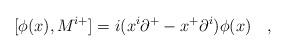
LaTeX: \begin{align*}[ \phi(x), M^{i+} ]=i(x^i {\partial}^{+}-x^+{\partial}^i)\phi(x)\quad,\end{align*}